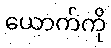
ယောက်ကို